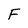
Character: F